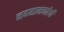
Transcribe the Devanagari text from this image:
नवमानवतेची